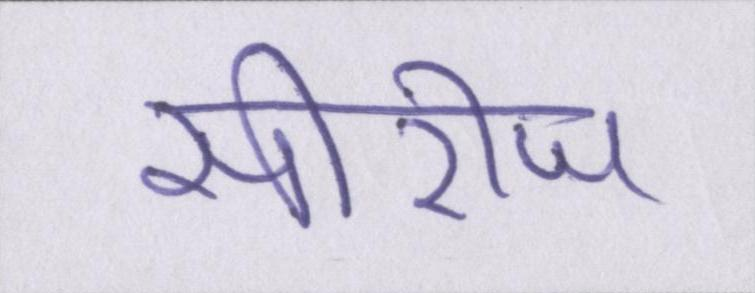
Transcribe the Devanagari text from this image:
सीरीज